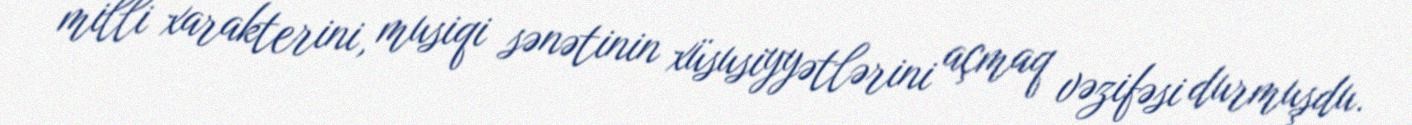
milli xarakterini, musiqi sənətinin xüsusiyyətlərini açmaq vəzifəsi durmuşdu.